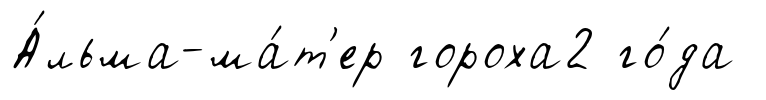
А́льма-ма́т'ер гороха2 го́да